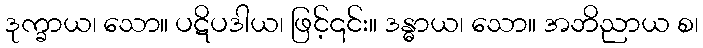
ဒုက္ခာယ၊ သော။ ပဋိပဒါယ၊ ဖြင့်၎င်း။ ဒန္ဓာယ၊ သော။ အဘိညာယ စ၊